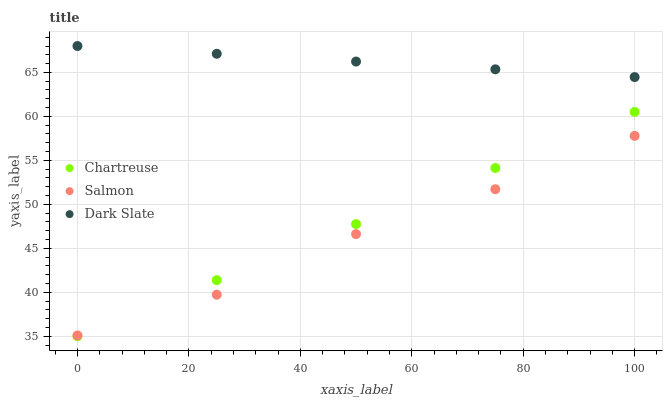
| xaxis_label | Chartreuse | Salmon | Dark Slate |
 | --- | --- | --- | --- |
 | 0 | 35 | 35.1 | 68 |
 | 25 | 41.4 | 39.7 | 67.1 |
 | 50 | 47.8 | 46.6 | 66.2 |
 | 75 | 54.1 | 51.7 | 65.4 |
 | 100 | 60.5 | 57.8 | 64.5 |